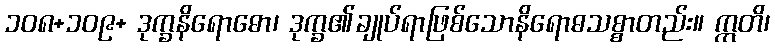
၁၀၈+၁၀၉+ ဒုက္ခနိရောဓော၊ ဒုက္ခ၏ချုပ်ရာဖြစ်သောနိရောဓသစ္စာတည်း။ ဣတိ၊